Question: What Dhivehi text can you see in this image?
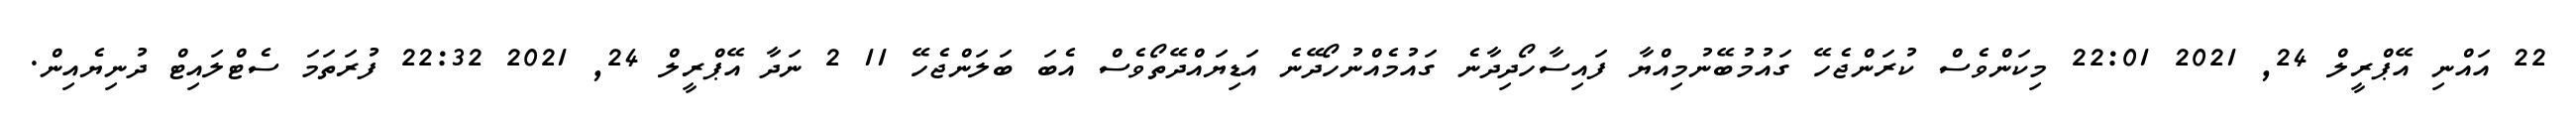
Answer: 22 އައްނި އޭޕްރީލް 24, 2021 22:01 މިކަންވެސް ކުރަންޖެހޭ ގައުމުބޭނުމިއްޔާ ފައިސާހޯދިދާނެ ގައުމެއްނުހޯދޭނެ އަޑިޔައްދޭތޯވެސް އެބަ ބަލަންޖެހޭ 11 2 ނަދާ އޭޕްރީލް 24, 2021 22:32 ފުރަތަމަ ސެޓްލައިޓް ދުނިޔެއިން.